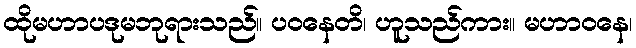
ထိုမဟာပဒုမဘုရားသည်။ ပဝနေတိ၊ ဟူသည်ကား။ မဟာဝနေ၊